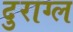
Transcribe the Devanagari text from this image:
दुराग्ल